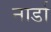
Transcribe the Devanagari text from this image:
नार्डा